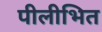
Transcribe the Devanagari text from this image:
पीलीभित